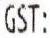
GST: